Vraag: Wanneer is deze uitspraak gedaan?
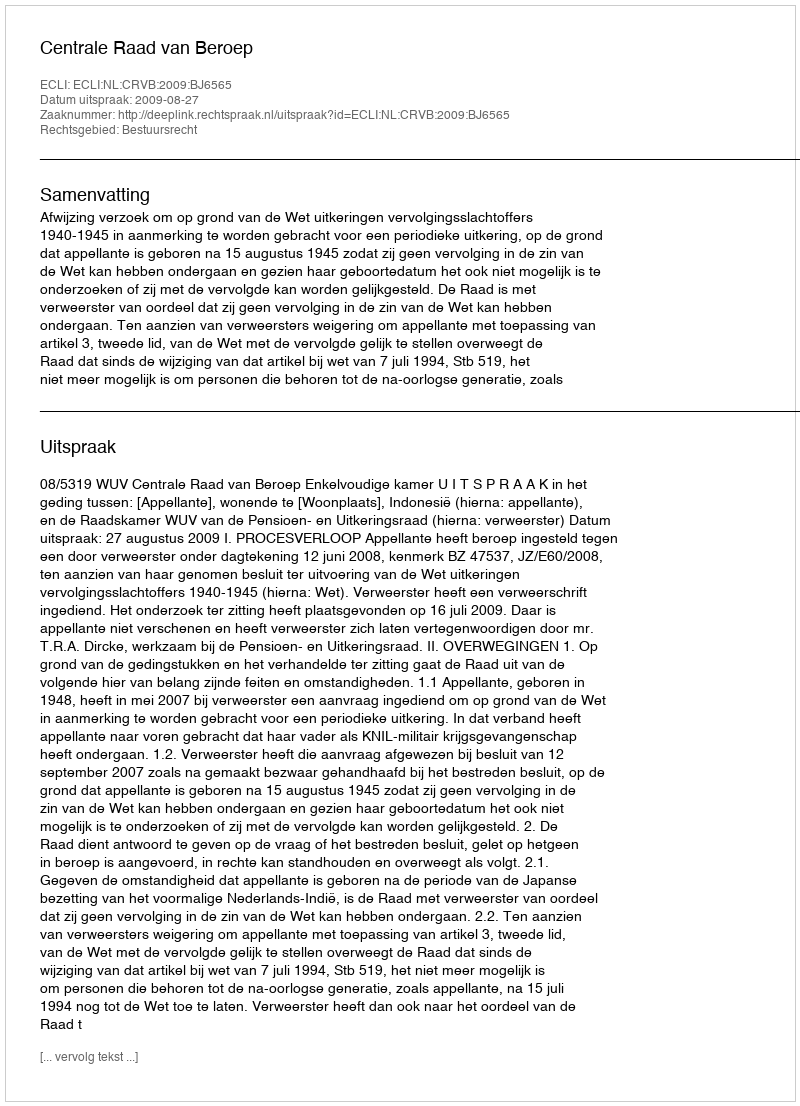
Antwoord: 2009-08-27